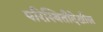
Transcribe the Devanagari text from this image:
परिस्थितीदेखील